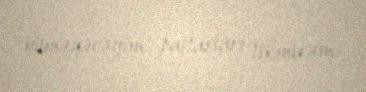
bilməyəcəyim paltarları tikmirəm.